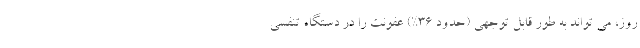
روز، می تواند به طور قابل توجهی (حدود 36%) عفونت را در دستگاه تنفسی